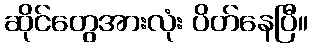
ဆိုင်တွေအားလုံး ပိတ်နေပြီ။